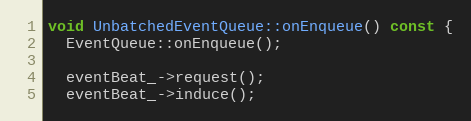
Language: C++
void UnbatchedEventQueue::onEnqueue() const {
  EventQueue::onEnqueue();

  eventBeat_->request();
  eventBeat_->induce();